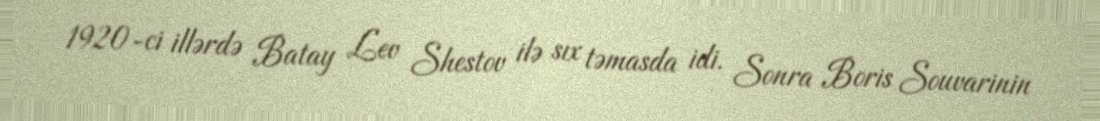
1920-ci illərdə Batay Lev Shestov ilə sıx təmasda idi. Sonra Boris Souvarinin